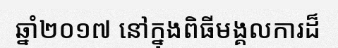
ឆ្នាំ២០១៧ នៅក្នុងពិធីមង្គលការដ៏